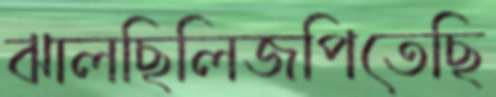
ঝালছিলিজপিতেছি